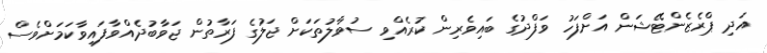
އަދި ޕްރެޒެންޓޭޝަން އަށްފަހު ވަފްދުގެ ބައިވެރިން ކުރެއްވި ސުވާލުތަކަށް ޖަލުގެ ފަރާތުން ޖަވާބުދެއްވާފައިވާކަމަށްވެސް